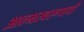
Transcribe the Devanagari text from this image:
आत्मस्वरूपाची